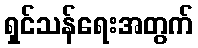
ရှင်သန်ရေးအတွက်